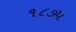
૧૮૭૫